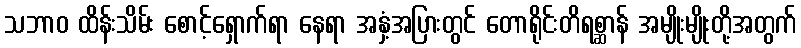
သဘာဝ ထိန်းသိမ်း စောင့်ရှောက်ရာ နေရာ အနှံ့အပြားတွင် တောရိုင်းတိရစ္ဆာန် အမျိုးမျိုးတို့အတွက်